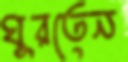
ঘুরতেন